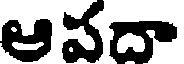
ఆపదా